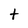
Character: t